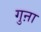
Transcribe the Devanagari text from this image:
गुऩा